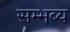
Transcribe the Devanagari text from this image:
सम्भब्य